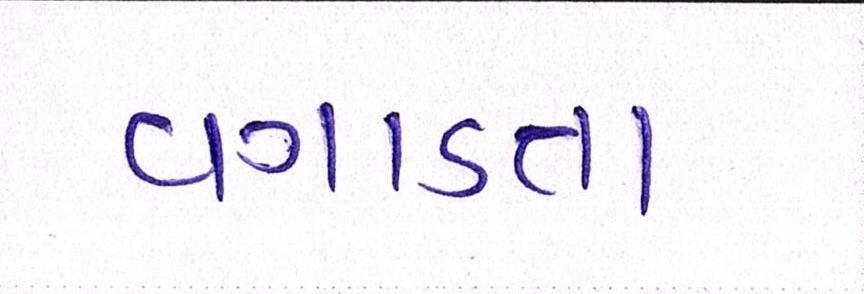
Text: વગાડતા